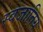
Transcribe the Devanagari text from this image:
स्वजातिय